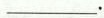
___.